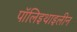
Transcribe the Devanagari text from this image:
पॉलिइथाइलीन